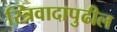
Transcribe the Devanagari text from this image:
स्त्रिवादापुढील